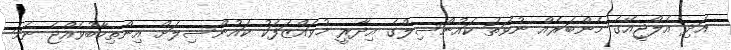
އަދި އެލްޖީއޭގެ މެންބަރެއް ނުވަތަ ކައުންސިލްގެ އިދާރީ މުވައްޒަފަކު ކައުންސިލަށް އިންތިހާބުވެއްޖެ ނަމަ